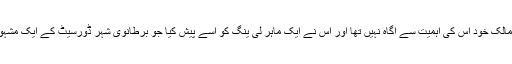
حیرت انگیز بات یہ ہے کہ اس کیتلی کا مالک خود اس کی اہمیت سے آگاہ نہیں تھا اور اس نے ایک ماہر لی ینگ کو اسے پیش کیا جو برطانوی شہر ڈورسیٹ کے ایک مشہور نیلام گھر ڈیوک آکشنیر میں ملازم ہیں۔